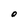
Character: O